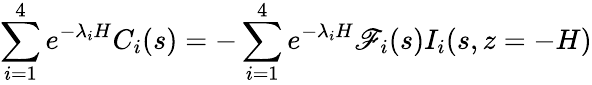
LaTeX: \sum_{i=1}^{4}e^{-\lambda_{i}H}C_{i}(s)=-\sum_{i=1}^{4}e^{-\lambda_{i}H}\mathscr{F}_{i}(s)I_{i}(s,z=-H)